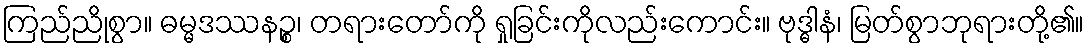
ကြည်ညိုစွာ။ ဓမ္မဒဿနဉ္စ၊ တရားတော်ကို ရှုခြင်းကိုလည်းကောင်း။ ဗုဒ္ဓါနံ၊ မြတ်စွာဘုရားတို့၏။